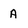
Character: A